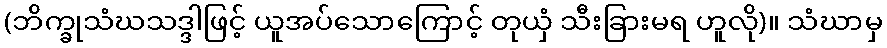
(ဘိက္ခုသံဃသဒ္ဒါဖြင့် ယူအပ်သောကြောင့် တုယှံ သီးခြားမရ ဟူလို)။ သံဃာမှ